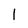
Character: 1